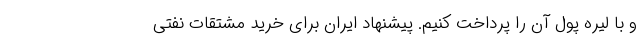
و با لیره پول آن را پرداخت کنیم. پیشنهاد ایران برای خرید مشتقات نفتی